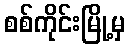
စစ်ကိုင်းမြို့မှ